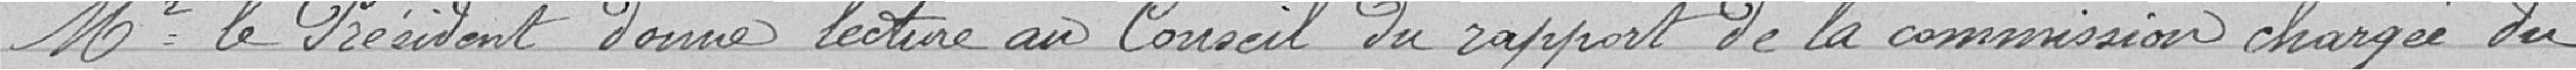
Monsieur le Président donne lecture au Conseil du rapport de la commission chargée du